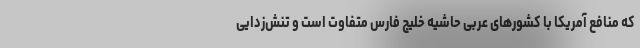
که منافع آمریکا با کشورهای عربی حاشیه خلیج فارس متفاوت است و تنش‌زدایی